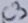
Text: C3